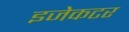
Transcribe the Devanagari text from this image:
इजेकटर